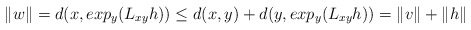
\begin{align*}\|w\|=d(x,exp_y(L_{xy}h))\leq d(x,y)+d(y,exp_y(L_{xy}h))=\|v\|+\|h\|\end{align*}